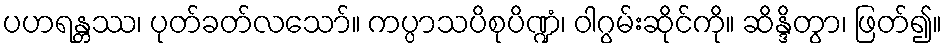
ပဟရန္တဿ၊ ပုတ်ခတ်လသော်။ ကပ္ပာသပိစုပိဏ္ဍံ၊ ဝါဂွမ်းဆိုင်ကို။ ဆိန္ဒိတွာ၊ ဖြတ်၍။